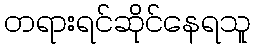
တရားရင်ဆိုင်နေရသူ